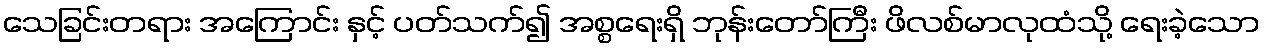
သေခြင်းတရား အကြောင်း နှင့် ပတ်သက်၍ အစ္စရေးရှိ ဘုန်းတော်ကြီး ဖိလစ်မာလုထံသို့ ရေးခဲ့သော